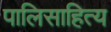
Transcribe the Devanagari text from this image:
पालिसाहित्य